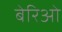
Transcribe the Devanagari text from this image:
बेरिओ